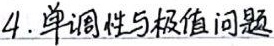
4. 单调性与极值问题